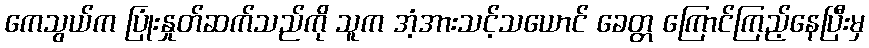
ကေသွယ်က ပြုံးနှုတ်ဆက်သည်ကို သူက အံ့အားသင့်သယောင် ခေတ္တ ကြောင်ကြည့်နေပြီးမှ